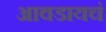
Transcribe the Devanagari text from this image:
आवडायचं